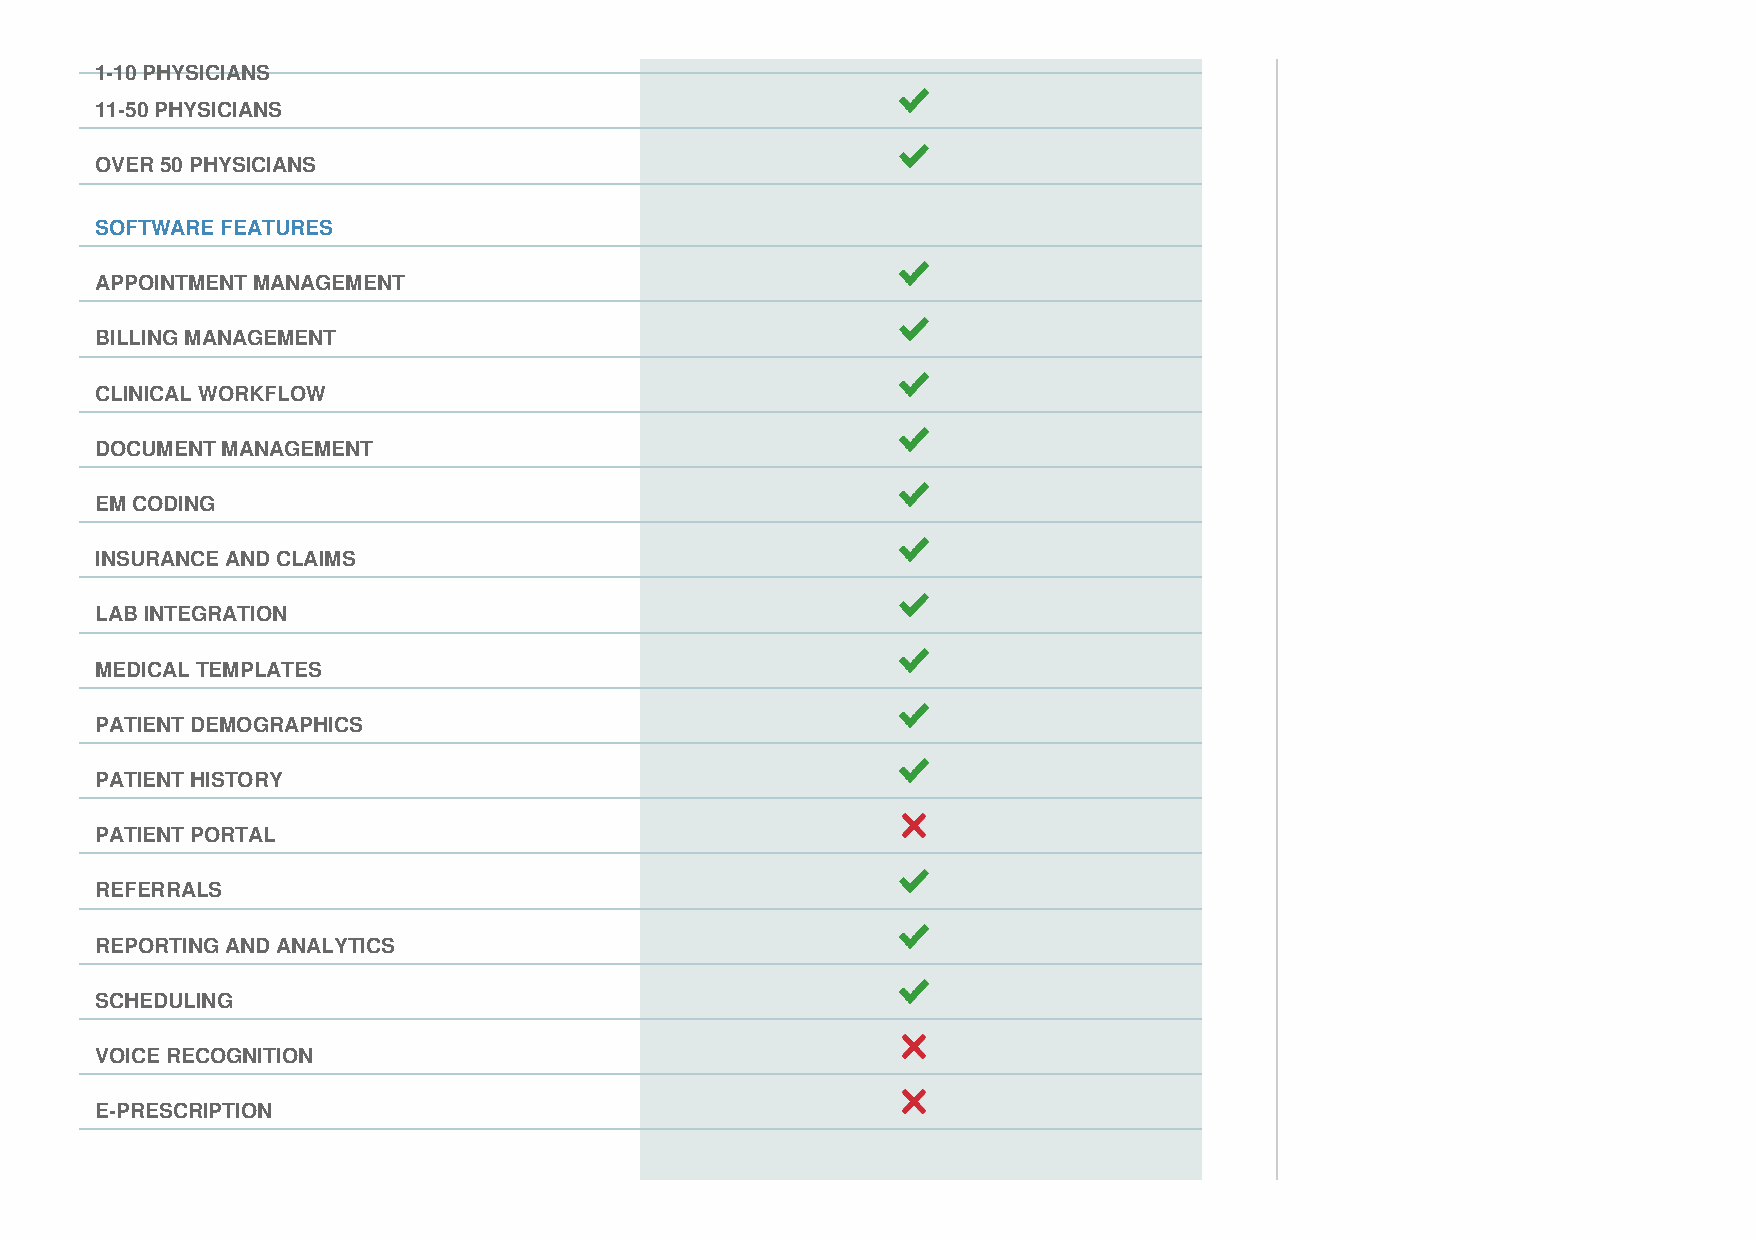
1-10 PHYSICIANS
 11-50 PHYSICIANS
 OVER 50 PHYSICIANS
 SOFTWARE FEATURES
 APPOINTMENT MANAGEMENT
 BILLING MANAGEMENT
 CLINICAL WORKFLOW
 DOCUMENT MANAGEMENT
 EM CODING
 INSURANCE AND CLAIMS
 LAB INTEGRATION
 MEDICAL TEMPLATES
 PATIENT DEMOGRAPHICS
 PATIENT HISTORY
 PATIENT PORTAL
 REFERRALS
 REPORTING AND ANALYTICS
 SCHEDULING
 VOICE RECOGNITION
 E-PRESCRIPTION